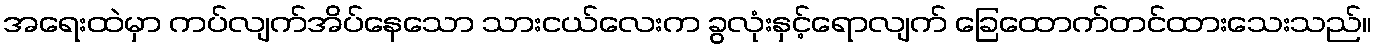
အရေးထဲမှာ ကပ်လျက်အိပ်နေသော သားငယ်လေးက ခွလုံးနှင့်ရောလျက် ခြေထောက်တင်ထားသေးသည်။